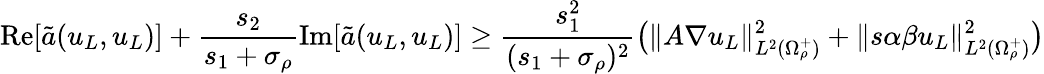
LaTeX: \textnormal{Re}[\tilde{a}(u_{L},u_{L})]+\frac{s_{2}}{s_{1}+\sigma_{\rho}}\textnormal{Im}[\tilde{a}(u_{L},u_{L})]\geq\frac{s_{1}^{2}}{(s_{1}+\sigma_{\rho})^{2}}\big(\| A\nabla u_{L}\| _{L^{2}(\Omega_{\rho}^{+})}^{2}+\| s\alpha\beta u_{L}\| _{L^{2}(\Omega_{\rho}^{+})}^{2}\big)